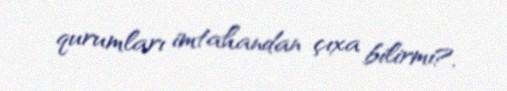
qurumları imtahandan çıxa bilirmi?.